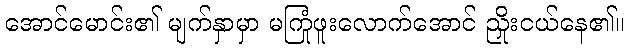
အောင်မောင်း၏ မျက်နှာမှာ မကြုံဖူးလောက်အောင် ညှိုးငယ်နေ၏။